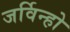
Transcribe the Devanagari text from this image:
जर्विन्हो